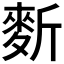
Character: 𪌍